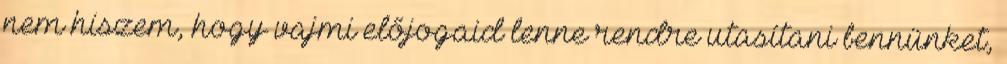
nem hiszem, hogy vajmi előjogaid lenne rendre utasítani bennünket,